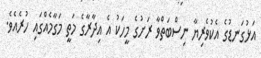
އަޅުގަނޑުގެ އެކުވެރިޔާ ނިސްބަތްވާ ރަށުގެ މީހަކު އެ އިދާރާގެ މަތީ މަގާމެއްގައި ހުރެއެވެ.